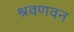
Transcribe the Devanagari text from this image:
श्रवणवन